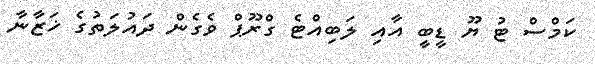
ކަމްސް ޓު ޔޫ ޑީބީ އާއި ލަބިއްޓެ ގްރޫޕް ވެގެން ދައުލަތުގެ ޚަޒާނާ